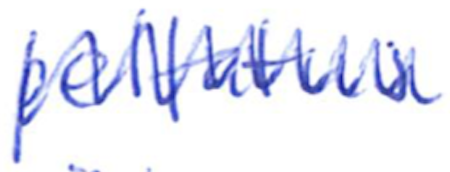
Text: peltatus
Cross-out: zig-zag
Writing tool: ballpoint